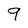
Character: 9